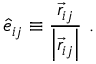
\hat { e } _ { i j } \equiv \frac { \vec { r } _ { i j } } { \left| \vec { r } _ { i j } \right| } \mathrm { ~ . ~ }